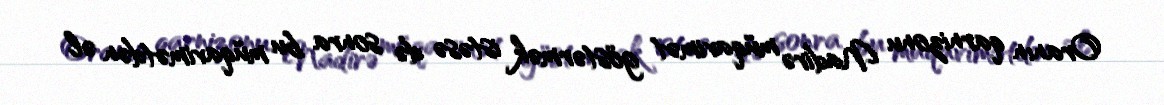
Oranın qarnizonu Nadirə müqavimət göstərmək istəsə də sonra bu müqavimətdən əl